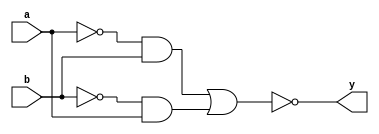
module xnorgate (a, b, y);
  input a, b;
  output y;
  assign y = !(~a&b || ~b&a);
endmodule